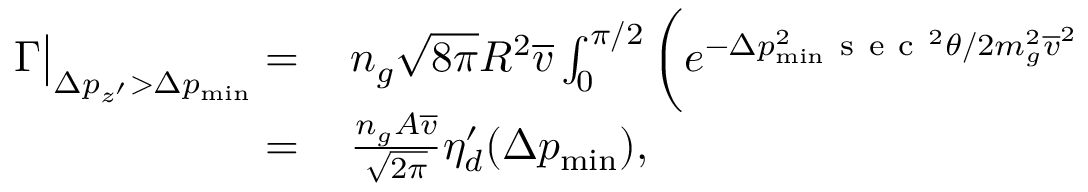
\begin{array} { r l } { \Gamma \big | _ { \Delta p _ { z ^ { \prime } } > \Delta p _ { \mathrm { m i n } } } = } & { { } \, n _ { g } \sqrt { 8 \pi } R ^ { 2 } \overline { { v } } \int _ { 0 } ^ { \pi / 2 } \bigg ( e ^ { - \Delta p _ { \mathrm { m i n } } ^ { 2 } \mathrm { ~ s ~ e ~ c ~ } ^ { 2 } \theta / 2 m _ { g } ^ { 2 } \overline { { v } } ^ { 2 } } } \\ { = } & { { } \, \frac { n _ { g } A \overline { { v } } } { \sqrt { 2 \pi } } \eta _ { d } ^ { \prime } ( \Delta p _ { \mathrm { m i n } } ) , } \end{array}